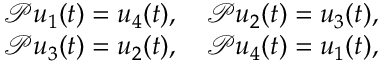
\begin{array} { r } { \mathcal P u _ { 1 } ( t ) = u _ { 4 } ( t ) , \quad \mathcal P u _ { 2 } ( t ) = u _ { 3 } ( t ) , } \\ { \mathcal P u _ { 3 } ( t ) = u _ { 2 } ( t ) , \quad \mathcal P u _ { 4 } ( t ) = u _ { 1 } ( t ) , } \end{array}